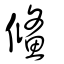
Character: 鰷